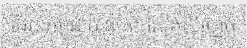
ដែលកម្ពុជាបានចូលលេងស៊ីហ្គេម